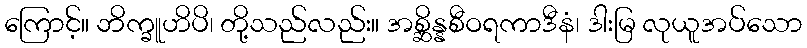
ကြောင့်။ ဘိက္ခူဟိပိ၊ တို့သည်လည်း။ အစ္ဆိန္နစီဝရကာဒီနံ၊ ဒါးမြ လုယူအပ်သော